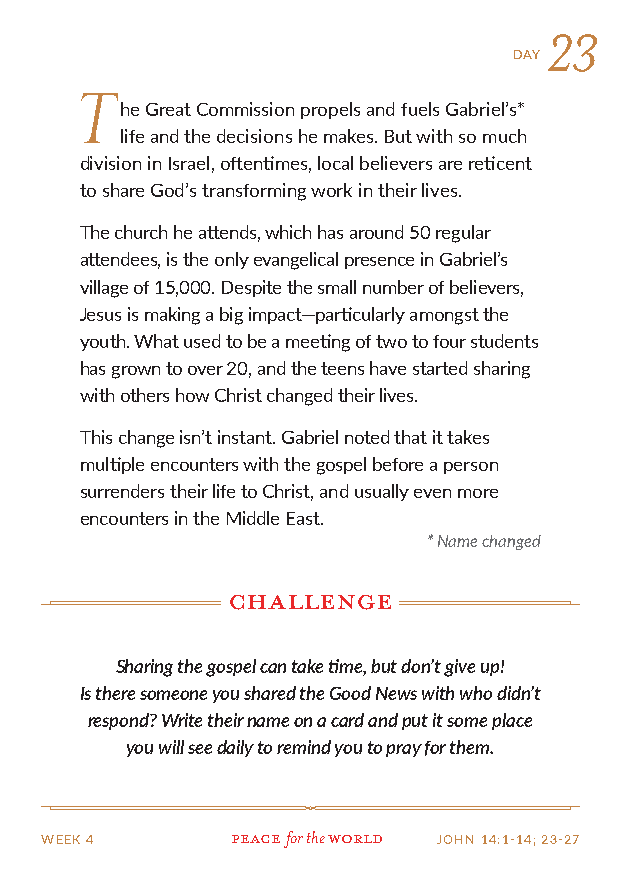
23
 DAY
 T
 he Great Commission propels and fuels Gabriel’s*
 life and the decisions he makes. But with so much
 division in Israel, oftentimes, local believers are reticent
 to share God’s transforming work in their lives.
 The church he attends, which has around 50 regular
 attendees, is the only evangelical presence in Gabriel’s
 village of 15,000. Despite the small number of believers,
 Jesus is making a big impact—particularly amongst the
 youth. What used to be a meeting of two to four students
 has grown to over 20, and the teens have started sharing
 with others how Christ changed their lives.
 This change isn’t instant. Gabriel noted that it takes
 multiple encounters with the gospel before a person
 surrenders their life to Christ, and usually even more
 encounters in the Middle East.
 * Name changed
 challenge
 Sharing the gospel can take time, but don’t give up!
 Is there someone you shared the Good News with who didn’t
 respond? Write their name on a card and put it some place
 you will see daily to remind you to pray for them.
 WEEK 4      Peace for the world JOHN 14:1-14; 23-27